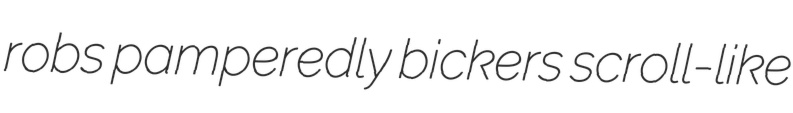
robs pamperedly bickers scroll-like